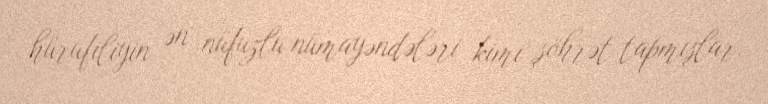
hürufiliyin ən nüfuzlu nümayəndələri kimi şöhrət tapmışlar.